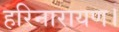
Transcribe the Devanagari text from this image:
हरिनारायण।